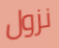
نزول